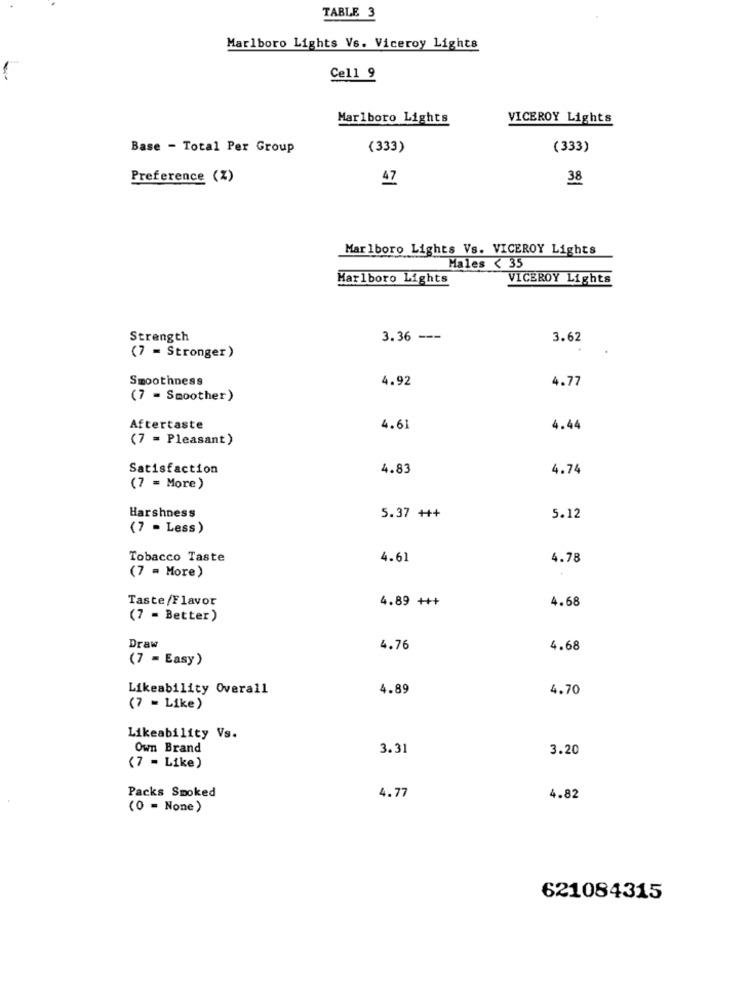
TABLE 3
Marlboro Lights Vs. Viceroy Lights
-
Cell 9
Marlboro Lights
VICEROY Lights
Base - Total Per Group
(333)
(333)
Preference (%)
47
38
Marlboro Lights Vs. VICEROY Lights
Males < 35
Marlboro Lights
VICEROY Lights
Strength
3.36 ---
3.62
(7 = Stronger)
Smoothness
4.92
4.77
(7 = Smoother)
Aftertaste
4.61
4.44
(7 = Pleasant)
Satisfaction
4.83
4.74
(7 = More)
Harshness
5.37 +++
5.12
(7 - Less)
Tobacco Taste
4.61
4.78
(7 = More)
Taste/Flavor
4.89 +++
4.68
(7 - Better)
Draw
4.76
4.68
(7 - Easy)
Likeability Overall
4.89
4.70
(7 - Like)
Likeability Vs.
Own Brand
3.31
3.20
(7 - Like)
Packs Smoked
4.77
4.82
(0 = None)
621084315